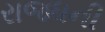
રાજધની